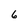
Character: 6